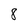
Character: 8